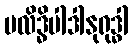
ဗလိဒ္ဓိပါဒါနုရုဒ္ဓါ